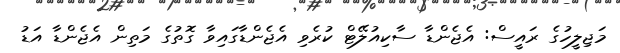
މަޖިލީހުގެ ރައީސް: އެޖެންޑާ ސާކިއުލޭޓް ކުރެވި އެޖެންޑާގައިވާ ގޮތުގެ މަތިން އެޖެންޑާ އަޑު